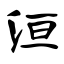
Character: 洹